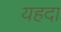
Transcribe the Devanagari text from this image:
यहदा